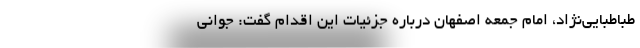
طباطبایی‌نژاد، امام جمعه اصفهان درباره جزئیات این اقدام گفت: جوانی